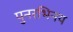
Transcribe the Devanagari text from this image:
पुनरभिनय